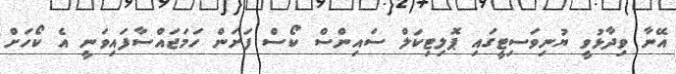
އޭނާ ވިދާޅުވީ ޔުނިވަސިޓީގައި ޕޮލިޓިކަލް ސައިންސް ކޯސް ފަށަން ހަމަޖައްސާފައިވަނީ އެ ކޯހަށް